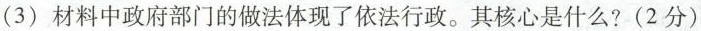
(3)材料中政府部门的做法体现了依法行政。其核心是什么?(2分)